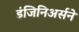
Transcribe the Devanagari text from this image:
इंजिनिअर्सने